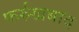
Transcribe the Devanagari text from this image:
फर्रुखबाद